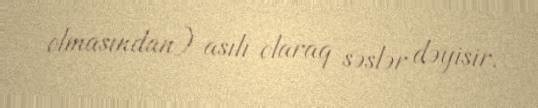
olmasından) asılı olaraq səslər dəyişir.